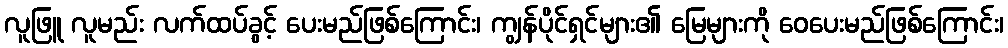
လူဖြူ လူမည်း လက်ထပ်ခွင့် ပေးမည်ဖြစ်ကြောင်း၊ ကျွန်ပိုင်ရှင်များ၏ မြေများကို ဝေပေးမည်ဖြစ်ကြောင်း၊